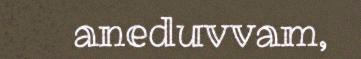
aneduvvam,